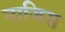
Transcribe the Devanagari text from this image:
नाजिस